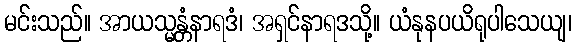
မင်းသည်။ အာယသ္မန္တံနာရဒံ၊ အရှင်နာရဒသို့။ ယံနုနပယိရုပါသေယျ၊